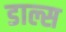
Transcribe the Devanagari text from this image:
डाल्स